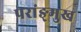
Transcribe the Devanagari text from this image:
परांङ्‌मुख